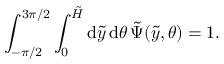
\int _ { - \pi / 2 } ^ { 3 \pi / 2 } \int _ { 0 } ^ { \tilde { H } } { \mathrm { d } } \tilde { y } \, { \mathrm { d } } \theta \, \tilde { \Psi } ( \tilde { y } , \theta ) = 1 .